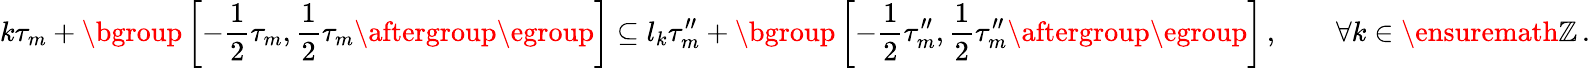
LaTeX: k\tau_{m}+\mathopen{}\mathclose\bgroup\left[-\frac 12\tau_{m},\frac 12\tau_{m}\aftergroup\egroup\right]\subseteq l_{k}\tau_{m}^{\prime\prime}+\mathopen{}\mathclose\bgroup\left[-\frac 12\tau_{m}^{\prime\prime},\frac 12\tau_{m}^{\prime\prime}\aftergroup\egroup\right]\, ,\qquad\forall k\in\ensuremath{\mathbb{Z}}\, .